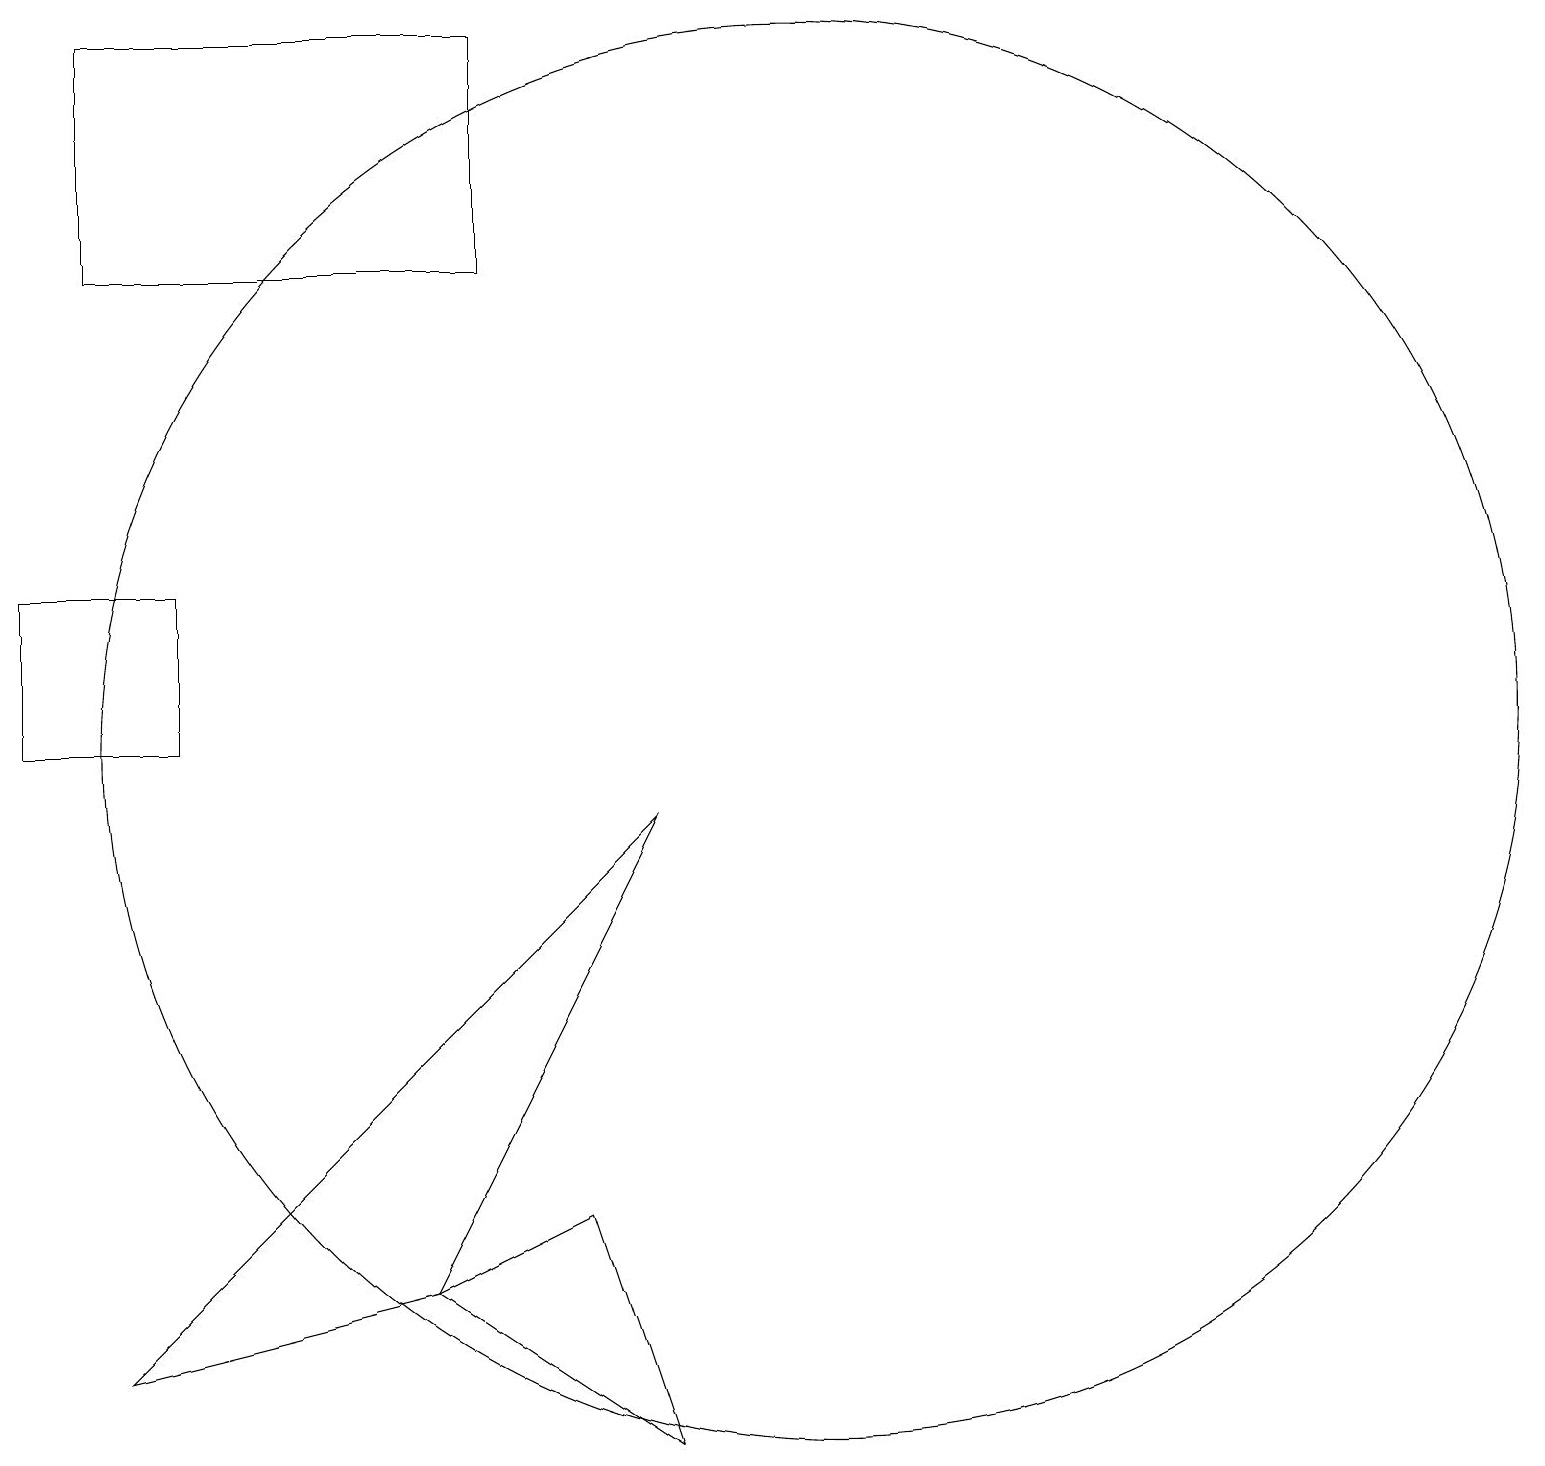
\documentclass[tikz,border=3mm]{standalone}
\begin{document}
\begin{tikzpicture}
\draw (11,10) circle (9);
\draw (9,1) -- (8,4) -- (6,3) -- cycle;
\draw (2,2) -- (6,3) -- (9,9) -- cycle;
\draw (1,10) rectangle (3,12);
\draw (7,19) rectangle (2,16);
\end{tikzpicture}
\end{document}